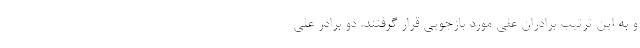
و به این ترتیب برادران علی مورد بازجویی قرار گرفتند. دو برادر علی